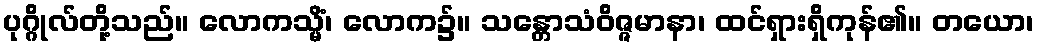
ပုဂ္ဂိုလ်တို့သည်။ လောကသ္မိံ၊ လောက၌။ သန္တောသံဝိဇ္ဇမာနာ၊ ထင်ရှားရှိကုန်၏။ တယော၊